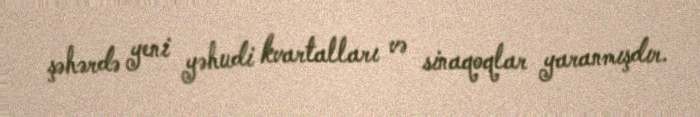
şəhərdə yeni yəhudi kvartalları və sinaqoqlar yaranmışdır.